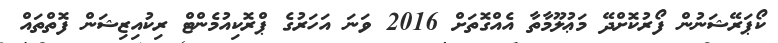
ކޯޕަރޭޝަނުން ފޯރުކޮށްދޭ މަޢުލޫމާތާ އެއްގޮތަށް 2016 ވަނަ އަހަރުގެ ޕްރޮކިއުމެންޓް ރިކުއިޒިޝަން ފޮތްތައް